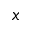
x